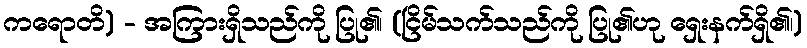
ကရောတိ) - အကြားရှိသည်ကို ပြု၏၊ (ငြိမ်သက်သည်ကို ပြု၏ဟု ရှေးနက်ရှိ၏၊)